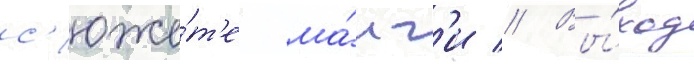
с'юже́т'е ма́нг'и // Вы́ход